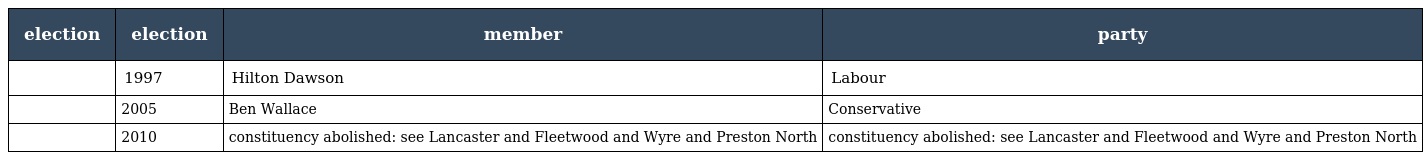
| election | election | member | party |
 | --- | --- | --- | --- |
 |  | 1997 | Hilton Dawson | Labour |
 |  | 2005 | Ben Wallace | Conservative |
 |  | 2010 | constituency abolished: see Lancaster and Fleetwood and Wyre and Preston North | constituency abolished: see Lancaster and Fleetwood and Wyre and Preston North |